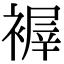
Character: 𧛺